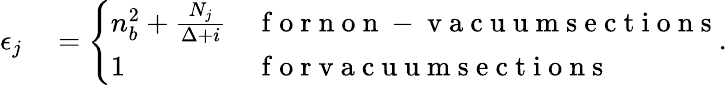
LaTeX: \begin{array}{rl}{\epsilon_{j}}&{{}=\left\{ \begin{array}{ll}{n_{b}^{2}+\frac{N_{j}}{\Delta+i}}&{\mathrm{~f~o~r~n~o~n~-~v~a~c~u~u~m~s~e~c~t~i~o~n~s~}}\\ {1}&{\mathrm{~f~o~r~v~a~c~u~u~m~s~e~c~t~i~o~n~s~}}\end{array}\right..}\end{array}